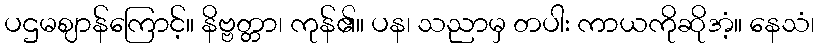
ပဌမဈာန်ကြောင့်။ နိဗ္ဗတ္တာ၊ ကုန်၏။ ပန၊ သညာမှ တပါး ကာယကိုဆိုအံ့။ နေသံ၊